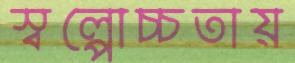
স্বল্পোচ্চতায়